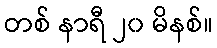
တစ် နာရီ ၂၀ မိနစ်။